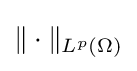
\|\cdot \|_{L^{p}(\Omega )}